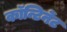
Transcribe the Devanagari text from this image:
कॉन्टिनेंट